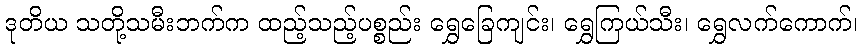
ဒုတိယ သတို့သမီးဘက်က ထည့်သည့်ပစ္စည်း ရွှေခြေကျင်း၊ ရွှေကြယ်သီး၊ ရွှေလက်ကောက်၊